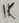
Text: 1K